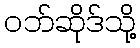
ဝဘ်ဆိုဒ်သို့